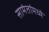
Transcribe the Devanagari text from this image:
सामंतांमध्ये